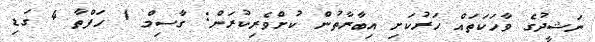
ނަޝީދުގެ ވާހަކަތައް ހަރުކަށި އިބާރާތުން ކުށްވެރިކުރަން: ގާސިމް 1 ހަފްތާ 4 ގަޑި